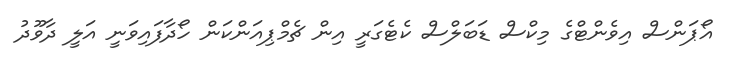
އޯޕަންސް އިވެންޓްގެ މިކްސް ޑަބަލްސް ކެޓެގަރީ އިން ޗެމްޕިއަންކަން ހޯދާފައިވަނީ އަލީ ދާވޫދު